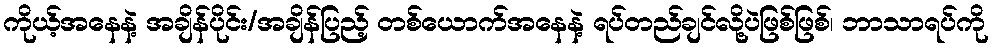
ကိုယ့်အနေနဲ့ အချိန်ပိုင်း/အချိန်ပြည့် တစ်ယောက်အနေနဲ့ ရပ်တည်ချင်လို့ပဲဖြစ်ဖြစ်၊ ဘာသာရပ်ကို